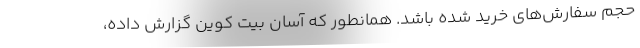
حجم سفارش‌های خرید شده باشد. همانطور که آسان بیت کوین گزارش داده،